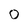
Character: 0